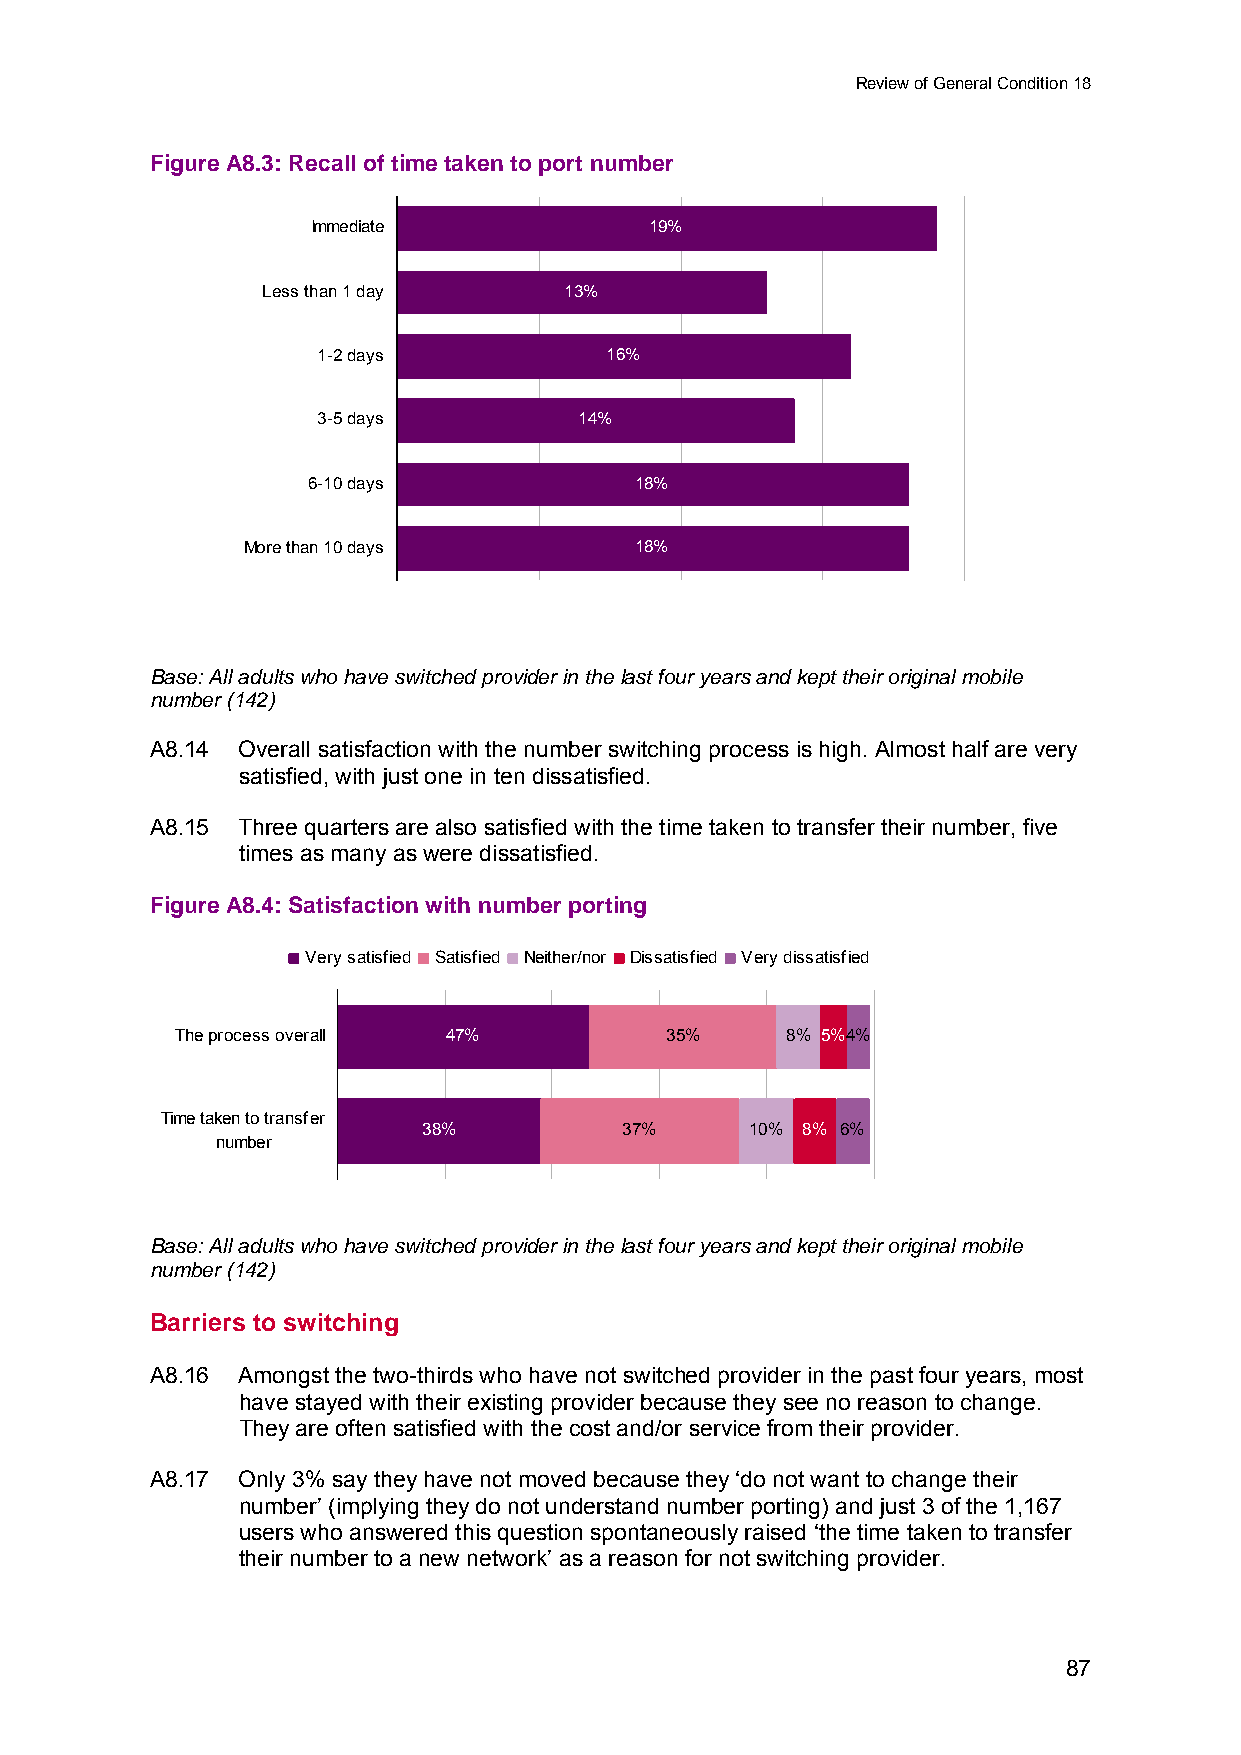
Review of General Condition 18
 Figure A8.3: Recall of time taken to port number
 Immediate             19%
 Less than 1 day     13%
 1-2 days           16%
 3-5 days         14%
 6-10 days             18%
 More than 10 days         18%
 Base: All adults who have switched provider in the last four years and kept their original mobile
 number (142)
 A8.14 Overall satisfaction with the number switching process is high. Almost half are very
 satisfied, with just one in ten dissatisfied.
 A8.15 Three quarters are also satisfied with the time taken to transfer their number, five
 times as many as were dissatisfied.
 Figure A8.4: Satisfaction with number porting
 Very satisfied Satisfied Neither/nor Dissatisfied Very dissatisfied
 The process overall 47%         35%     8% 5%4%
 Time taken to transfer
 38%          37%      10% 8% 6%
 number
 Base: All adults who have switched provider in the last four years and kept their original mobile
 number (142)
 Barriers to switching
 A8.16 Amongst the two-thirds who have not switched provider in the past four years, most
 have stayed with their existing provider because they see no reason to change.
 They are often satisfied with the cost and/or service from their provider.
 A8.17 Only 3% say they have not moved because they ‘do not want to change their
 number’ (implying they do not understand number porting) and just 3 of the 1,167
 users who answered this question spontaneously raised ‘the time taken to transfer
 their number to a new network’ as a reason for not switching provider.
 87